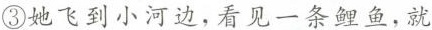
③她飞到小河边，看见一条鲤鱼，就